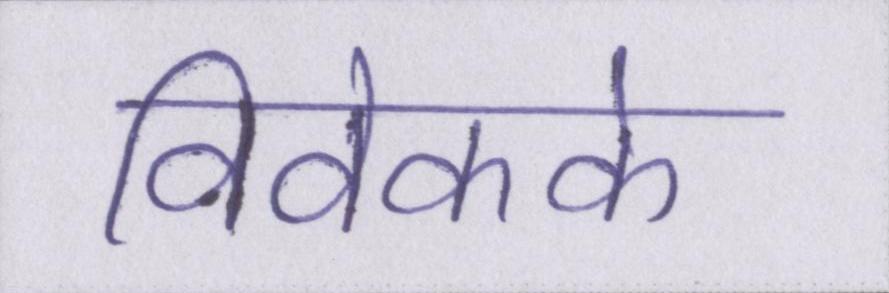
विवेकके